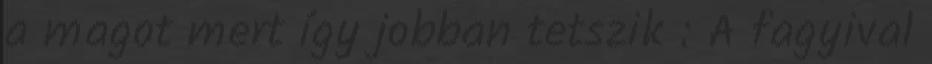
a magot mert így jobban tetszik : A fagyival